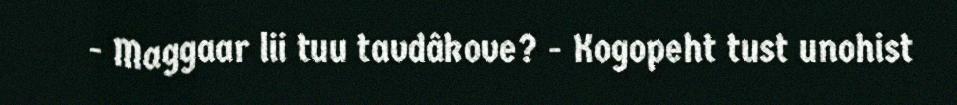
- Maggaar lii tuu tavdâkove? - Kogopeht tust unohist